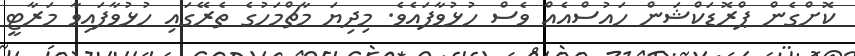
ކޮށްގެން ޕްރޮޑަކްޝަން ހައުސްއެއް ވެސް ހުޅުވާފައެވެ. މިދިޔަ މާޗްމަހުގެ ތެރޭގައި ހުޅުވާފައިވާ މަރާޓީ